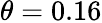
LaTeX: \theta=0.16